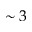
\sim 3